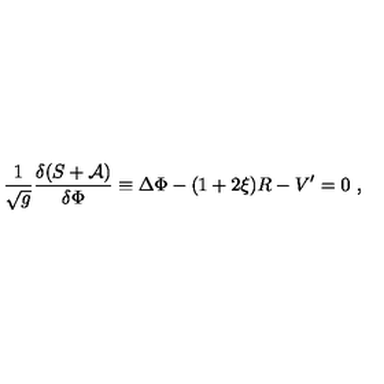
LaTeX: { \frac { 1 } { \sqrt { g } } } { \frac { \delta ( S + { \cal A } ) } { \delta \Phi } } \equiv \Delta \Phi - ( 1 + 2 \xi ) R - V ^ { \prime } = 0 \ ,